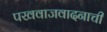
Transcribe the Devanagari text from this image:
पखवाजवादनाची